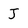
Character: J